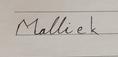
Signature authenticity: forged